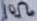
Text: 10Ω